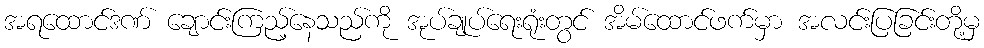
အရထောင်ဒဏ် ချောင်းကြည့်နေသည်ကို အုပ်ချုပ်ရေးရုံးတွင် အိမ်ထောင်ဖက်မှာ အလင်းပြခြင်းတို့မှ